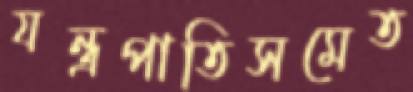
যন্ত্রপাতিসমেত